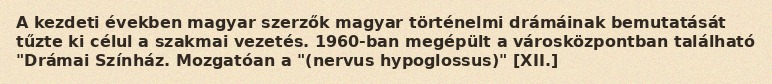
A kezdeti években magyar szerzők magyar történelmi drámáinak bemutatását tűzte ki célul a szakmai vezetés. 1960-ban megépült a városközpontban található "Drámai Színház. Mozgatóan a "(nervus hypoglossus)" [XII.]